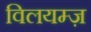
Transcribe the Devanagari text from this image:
विलयम्ज़